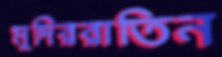
মুদিররাতিন